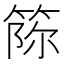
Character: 𥭫